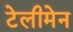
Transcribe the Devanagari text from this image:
टेलीमेन